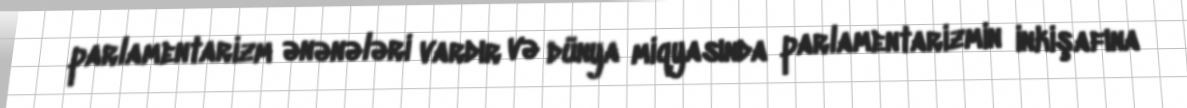
parlamentarizm ənənələri vardır və dünya miqyasında parlamentarizmin inkişafına